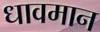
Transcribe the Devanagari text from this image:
धावमान